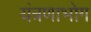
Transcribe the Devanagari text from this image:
यंत्रणाभोग